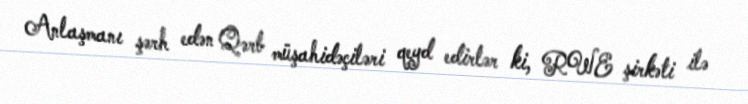
Anlaşmanı şərh edən Qərb müşahidəçiləri qeyd edirlər ki, RWE şirkəti ilə